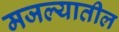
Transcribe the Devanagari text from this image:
मजल्यातील